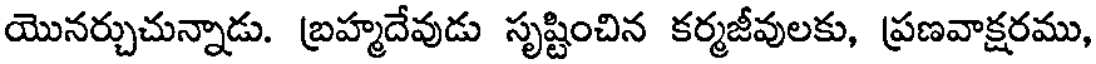
యొనర్చుచున్నాడు. బ్రహ్మదేవుడు సృష్టించిన కర్మజీవులకు, ప్రణవాక్షరము,